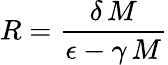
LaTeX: R=\frac{\delta\, M}{\epsilon-\gamma\, M}